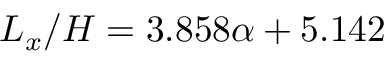
L _ { x } / { H } = 3 . 8 5 8 \alpha + 5 . 1 4 2